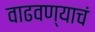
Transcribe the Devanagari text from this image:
वाढवण्याचं